[Report on the health of British troops in the Madras command]
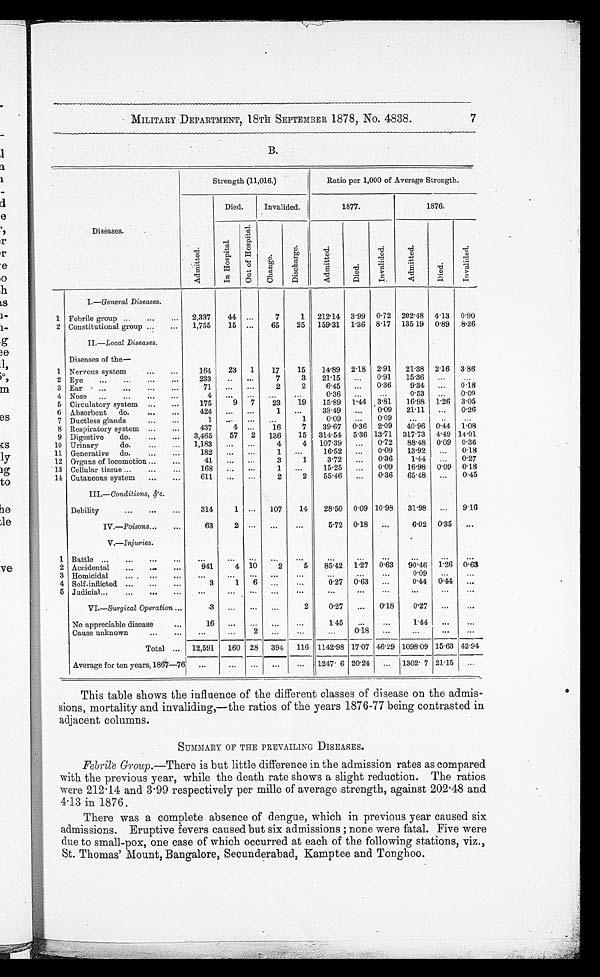
MILITARY DEPARTMENT, 18TH SEPTEMBER 1878, No. 4838.
7
B.
Diseases.
Strength (11,016.)
Ratio per 1,000 of Average Strength.
A d m i t t e d .
Died.
Invalided.
1877.
1876.
I n H o s p i t a l .
O u t o f H o s p i t a l .
C h a n g e .
D i s c h a r g e .
A d m i t t e d .
D i e d .
I n v a l i d e d .
A d m i t t e d .
D i e d .
I n v a l i d e d .
I.—General Diseases.
1 Febrile group ...
...
... 2,337
44 ...
7
1 212.14 3.99 0.72 202.48 4.13 0.90
2 Constitutional group ...
...
1,755
15 ...
65
25 159.31 1.36 8.17 135 19 0.89 8.26
II.–Local Diseases.
Diseases of the
—
1 Nervous system
...
...
164
23 1
17
15
14.89 2.18 2.91 21.38 2.16 3.86
2 Eye
...
...
...
...
233
..
7
3
21.15 ...
0.91
15.36 ...
. . .
3 Ear
............
71 ...
...
2
2
6.45 ...
0.36
9.34 ...
0.18
4 Nose ...
...
...
...
4
. . .
. . .
. . .
. . .
0.36 ..
...
0.53
...
0.09
5 Circulatory system ...
...
175
9 7
23
19
15.89 1.44 3.81
16.98 1.26 3.05
6 Absorbent do.
...
...
424
. . .
. . .
1 ...
33.49 ...
0.09 21.11 ...
0.26
7 Ductless glands
...
...
1
. . .
. . .
. . .
1
0.09 ...
0.09
. . .
. . .
. . .
8 Respiratory system ...
...
437
4
. . .
16
7
39.67 0.36 2.09 40.96
0 . 4 4
1 . 0 8
9 Digestive
do.
...
... 3,465
57 2 136
15 314.54 5.36 13.71 317.73 4.49 14.01
10 Urinary
do.
...
... 1,183 ...
...
4
4 107.39 ...
0.72 88.48 0.09 0.36
11 Generative do.
...
...
182
. . .
. . .
1 ...
16.52 ...
0.09 13.92 ...
0.18
12 Organs of locomotion ...
...
41 ...
. . .
3
1
3.72 ...
0.36
1.44 ...
0.27
13 Cellular tissue ...
...
...
168
. . .
1 ...
15.25 ...
0.09 16.98
0 . 0 9
0.18
14 Cutaneous system ...
...
611 ...
. . .
2
2
55.46 ...
0.36 65.48 ...
0.45
III.—Conditions, &c.
Debility
...
...
...
314
1
. . .
107
14
28.50 0.09 10.98 31.98
. . .
9.16
IV.—Poisons...
...
63
. . .
. . .
. . .
. . .
5.72 0.18 ...
6.02 0.35
. . .
V.—Injuries.
1 Battle ...
...
...
..
. . .
. . .
. . .
. . .
. . .
. . .
. . .
. . .
. . .
. . .
. . .
2 Accidental
...
...
...
941
4 10
2
5
85.42 1.27 0.63
90.46 1.26 0.63
3 Homicidal
...
...
...
. . .
. . .
. . .
. . .
. . .
. . .
. . .
. . .
0.09 ...
. . .
4 Self-inflicted ...
...
...
3
1
6
. . .
. . .
0.27 0.63 ...
0.44 0.44 ...
5 Judicial...
...
...
...
...
. . .
. . .
. . .
. . .
...
...
...
...
. . .
. . .
VI.—Surgical Operation ...
3 ...
...
...
2
0.27 ...
0.18
0.27 ...
...
No appreciable disease...
1 6
. . .
. . .
. . .
. . .
1.45
. . .
...
1.44 ...
...
Cause unknown
...
...
. . .
. . .
2
. . .
. . .
...
0 . 1 8
...
. . .
...
...
Total ... 12,591 160 28 394 116 1142.98 17.07 46.29 1098.09 15.63 42.94
Average for ten years, 1867—76 ...
...
... ...
... 1247. 6 20.24 ... 1302. 7 21.15 ...
This table shows the influence of the different classes of disease on the admis-
-
sions, mortality and invaliding,-the ratios of the years 1876-77 being contrasted in
adjacent columns.
SUMMARY OF THE PREVAILING DISEASES.
Febrile Group. -There is but little difference in the admission rates as compared
with the previous year, while the death rate shows a slight reduction. The ratios
were 212.14 and 3.99 respectively per mille of average strength, against 202.48 and
4.13 in 1876.
There was a complete absence of dengue, which in previous year caused six
admissions. Eruptive fevers caused but six admissions ; none were fatal. Five were
due to small-pox, one case of which occurred at each of the following stations, viz.,
St. Thomas' Mount, Bangalore, Secunderabad, Kamptee and Tonghoo.